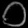
Digit: ၀